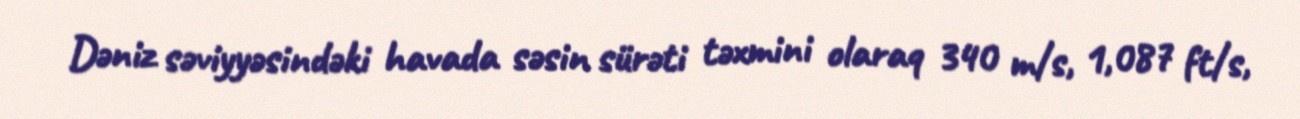
Dəniz səviyyəsindəki havada səsin sürəti təxmini olaraq 340 m/s, 1,087 ft/s,